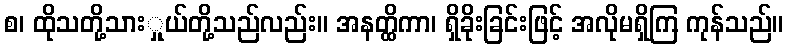
စ၊ ထိုသတို့သားှုယ်တို့သည်လည်း။ အနတ္ထိကာ၊ ရှိခိုးခြင်းဖြင့် အလိုမရှိကြ ကုန်သည်။